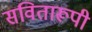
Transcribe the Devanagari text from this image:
सवितारूपी